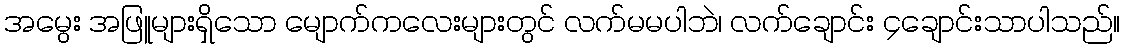
အမွေး အဖြူများရှိသော မျောက်ကလေးများတွင် လက်မမပါဘဲ၊ လက်ချောင်း ၄ချောင်းသာပါသည်။